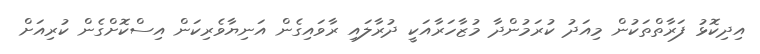
އިދިކޮޅު ފަރާތްތަކުން މިއަދު ކުރަމުންދާ މުޒާހަރާއަކީ ދުރާލައި ރާވައިގެން އަނިޔާވެރިކަން އިސްކޮށްގެން ކުރިއަށް